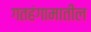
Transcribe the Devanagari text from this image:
गतहंगामातील